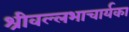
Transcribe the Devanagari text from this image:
श्रीवल्लभाचार्यका